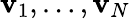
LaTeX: \mathbf{v}_{1},\ldots,\mathbf{v}_{N}